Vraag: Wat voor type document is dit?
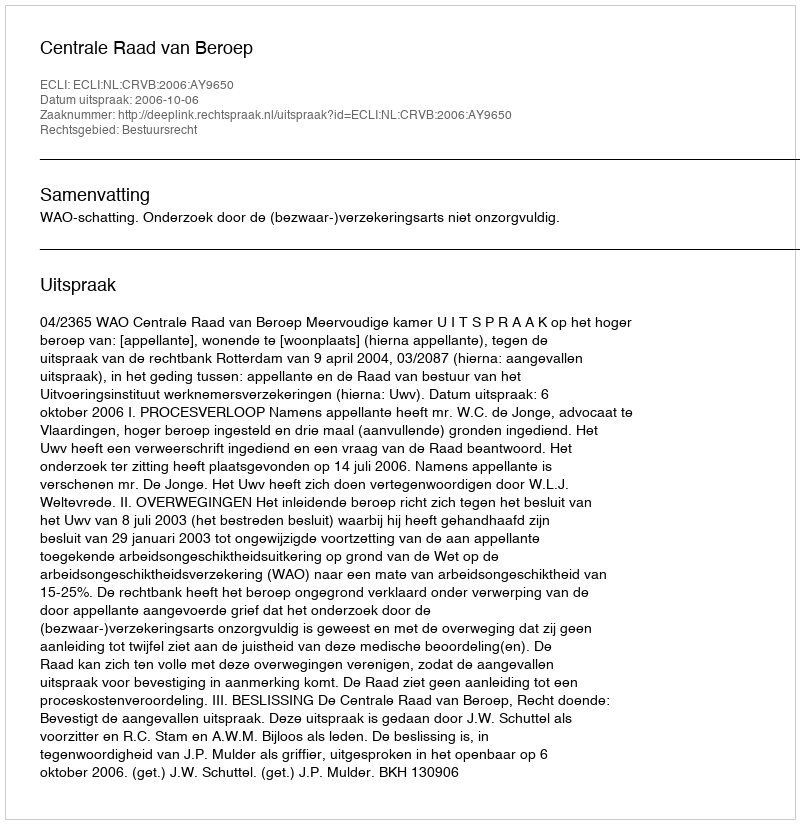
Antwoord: Uitspraak